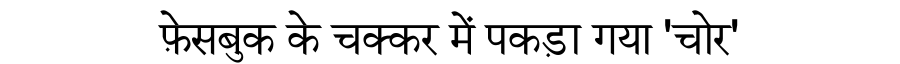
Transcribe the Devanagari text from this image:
फ़ेसबुक के चक्कर में पकड़ा गया 'चोर'